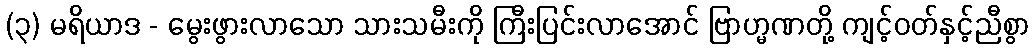
(၃) မရိယာဒ - မွေးဖွားလာသော သားသမီးကို ကြီးပြင်းလာအောင် ဗြာဟ္မဏတို့ ကျင့်ဝတ်နှင့်ညီစွာ